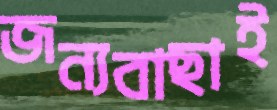
জন্যবাছাই